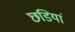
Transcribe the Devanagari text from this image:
छडियां